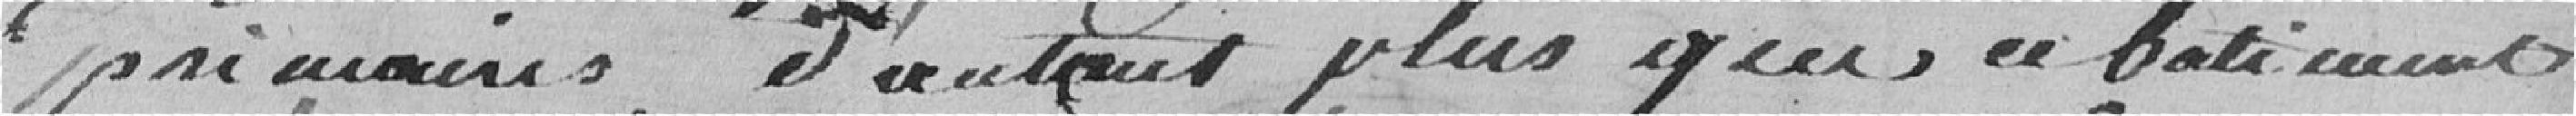
primaires, d'autant plus que ce batiment